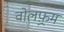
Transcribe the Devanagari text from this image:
वोलफ़्रम